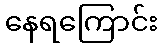
နေရကြောင်း